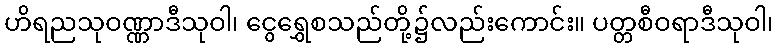
ဟိရညသုဝဏ္ဏာဒီသုဝါ၊ ငွေရွှေစသည်တို့၌လည်းကောင်း။ ပတ္တစီဝရာဒီသုဝါ၊